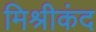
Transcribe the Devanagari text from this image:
मिश्रीकंद